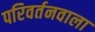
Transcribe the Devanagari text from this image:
परिवर्तनवाला